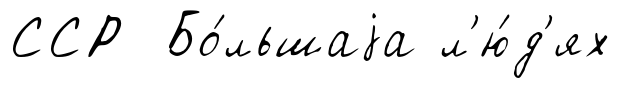
ССР Бо́льшаjа л'ю́д'ях